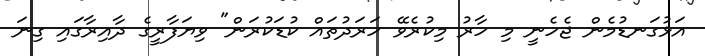
އަޅުގަނޑުމެން ޖެހެނީ މި ހާރު މިކުރެވޭ ހަރަދުތައް ކުޑަކުރަން" ވިޔަފާރީގެ ދާއިރާގައި ގިނަ